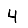
Digit: 4